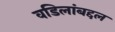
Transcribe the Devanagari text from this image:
वडिलांबद्दल